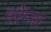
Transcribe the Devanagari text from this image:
मरेम्मा